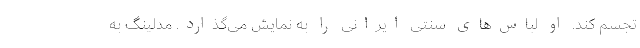
تجسم کند. او لباس‌های سنتی ایرانی را به نمایش می‌گذارد. مدلینگ به